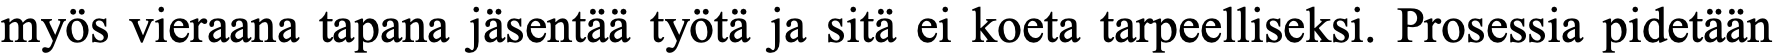
myös vieraana tapana jäsentää työtä ja sitä ei koeta tarpeelliseksi. Prosessia pidetään